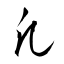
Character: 凡